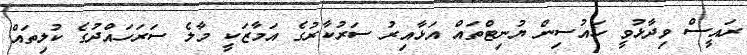
ރައީސް ވިދާޅުވީ ހައުސިން ޔުނިޓްތައް އަޅާއިރު ސަރުކާރުގެ އަމާޒަކީ މާލެ ސަރަހައްދުގެ ކުލިތައް